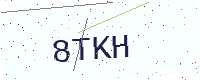
Text: 8TKH